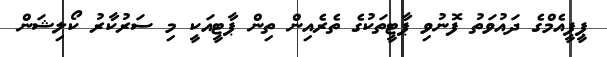
ޕީޕީއެމްގެ ދައުވަތު ފޮނުވި ޕާޓީތަކުގެ ތެރެއިން ތިން ޕާޓީއަކީ މި ސަރުކާރު ކޯލިޝަން